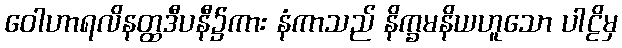
ဝေါဟာရလိနတ္ထဒီပနီ၌ကား နံကာသည် နိက္ခမနိယဟူသော ပါဠိမှ